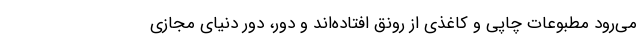
می‌رود مطبوعات چاپی و کاغذی از رونق افتاده‌اند و دور، دورِ دنیای مجازی